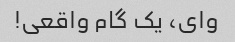
وای، یک گام واقعی!